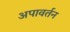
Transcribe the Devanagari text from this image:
अपावर्तन